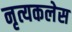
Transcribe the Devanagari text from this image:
नृत्यकलेस